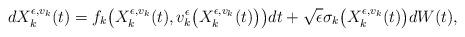
LaTeX: \begin{align*} dX_{k}^{\epsilon,v_k}(t) = f_k\bigl(X_{k}^{\epsilon, v_k}(t), v_{k}^{\epsilon}\bigl(X_{k}^{\epsilon, v_k}(t) \bigr)\bigr) dt + \sqrt{\epsilon} \sigma_k\bigl(X_{k}^{\epsilon, v_k} (t)\bigr) d W(t), \end{align*}